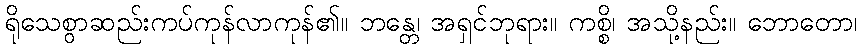
ရိုသေစွာဆည်းကပ်ကုန်လာကုန်၏။ ဘန္တေ၊ အရှင်ဘုရား။ ကစ္စိ၊ အသို့နည်း။ ဘောတော၊